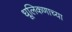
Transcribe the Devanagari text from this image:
धूलिकणाच्या